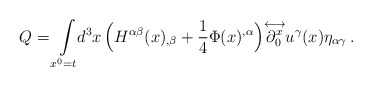
\begin{align*}Q=\int\limits_{x^{0} = t}\!\! d^{3}x\, \Big( H^{\alpha\beta}(x)_{,\beta}+\frac{1}{4}\Phi(x)^{,\alpha}\Big) {\stackrel{\longleftrightarrow}{ \partial_{0}^{x} }} u^{\gamma}(x)\eta_{\alpha\gamma} \, .\end{align*}